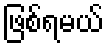
ဖြစ်ရမယ်